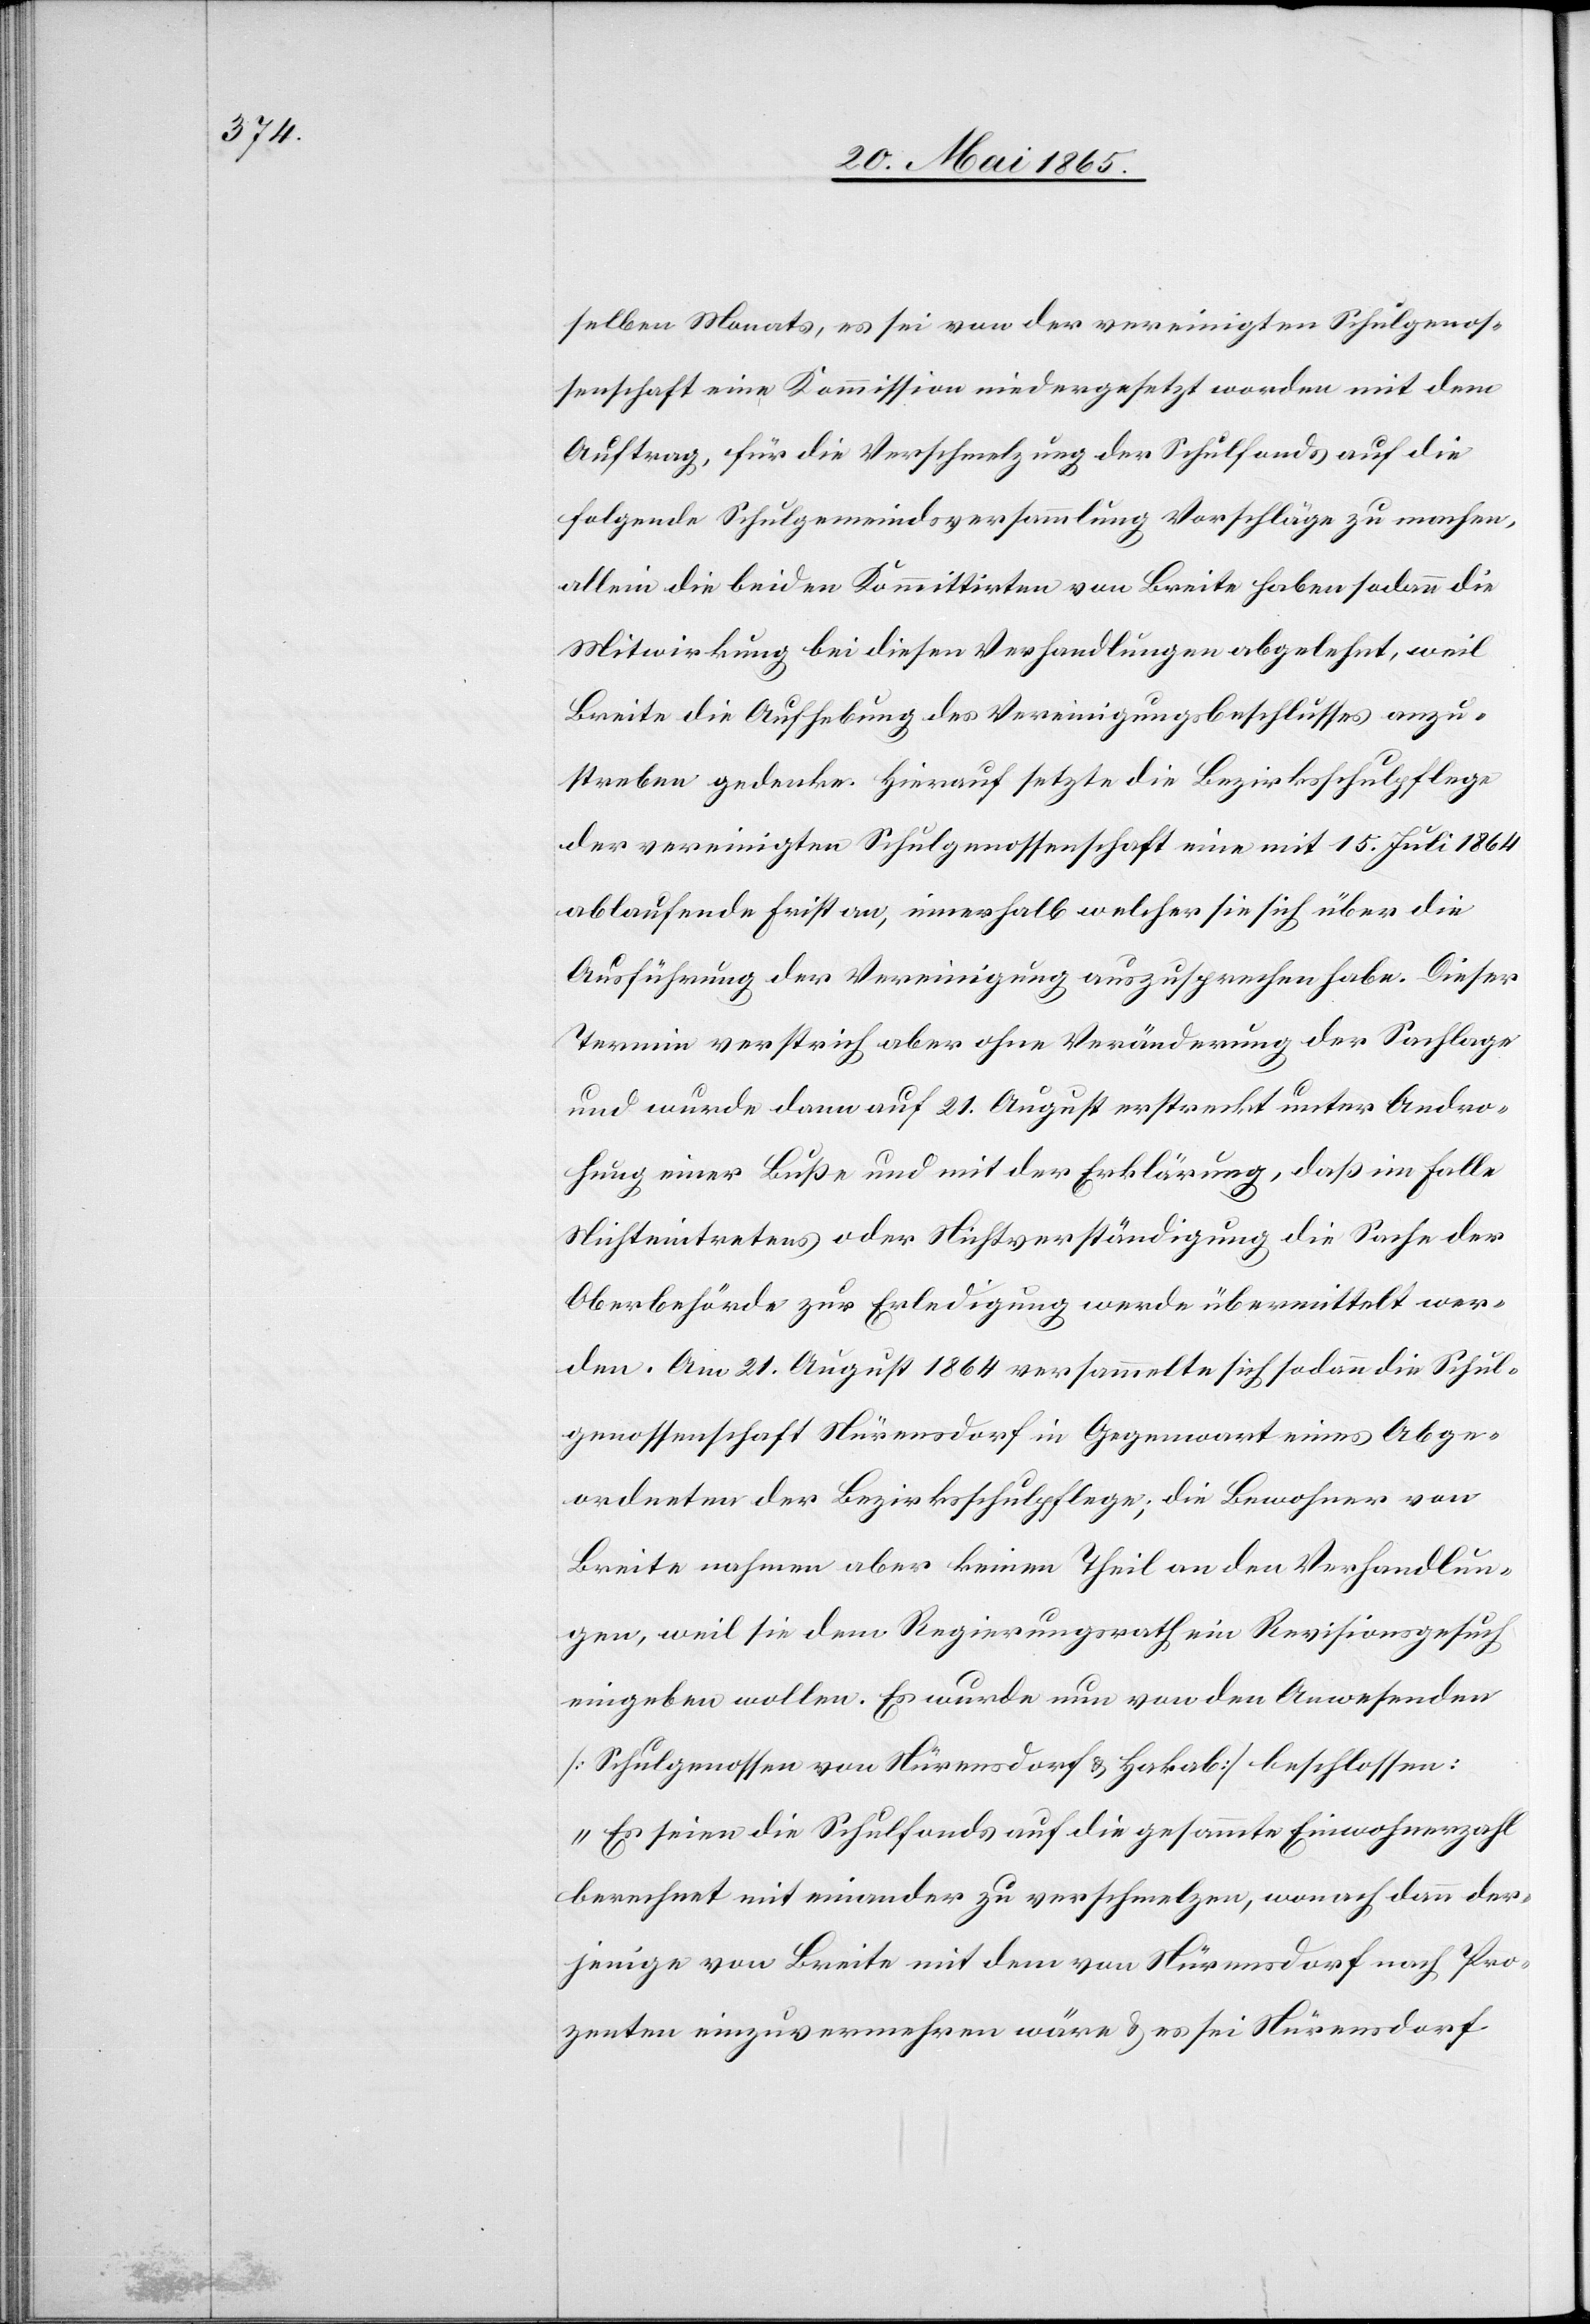
selben Monats, es sei von der vereinigten Schulgenos¬
senschaft eine Kommission niedergesetzt worden mit dem
Auftrag, für die Verschmelzung der Schulfonds auf die
folgende Schulgemeindsversammlung Vorschläge zu machen,
allein die beiden Kommittirten von Breite haben sodann die
Mitwirkung bei diesen Verhandlungen abgelehnt, weil
Breite die Aufhebung des Vereinigungsbeschlusses anzu¬
streben gedenke. Hierauf setzte die Bezirksschulpflege
der vereinigten Schulgenossenschaft eine mit 15. Juli 1864
ablaufende Frist an, innerhalb welcher sie sich über die
Ausführung der Vereinigung auszusprechen habe. Dieser
Termin verstrich aber ohne Veränderung der Sachlage
und wurde dann auf 21. August erstreckt unter Andro¬
hung einer Buße und mit der Erklärung, daß im Falle
Nichteintretens oder Nichtverständigung die Sache der
Oberbehörde zur Erledigung werde übermittelt wer¬
den. Am 21. August 1864 versammelte sich sodann die Schul¬
genossenschaft Nürensdorf in Gegenwart eines Abge¬
ordneten der Bezirksschulpflege; die Bewohner von
Breite nahmen aber keinen Theil an den Verhandlun¬
gen, weil sie dem Regierungsrath ein Revisionsgesuch
eingeben wollen. Es wurde nun von den Anwesenden
[Schulgenossen von Nürensdorf & Hakab] beschlossen:
„Es seien die Schulfonds auf die gesammte Einwohnerzahl
berechnet mit einander zu verschmelzen, wonach dann der¬
jenige von Breite mit dem von Nürensdorf nach Pro¬
zenten einzuvermehren wäre & es sei Nürensdorf